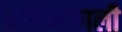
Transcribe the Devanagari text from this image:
आदिमकाली